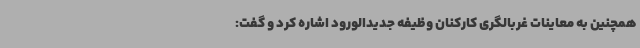
همچنین به معاینات غربالگری کارکنان وظیفه جدیدالورود اشاره کرد و گفت: